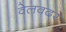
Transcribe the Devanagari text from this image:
वेलवदर